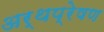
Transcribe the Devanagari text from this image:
अर्थप्रेषण